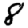
Digit: 8